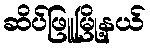
ဆိပ်ဖြူမြို့နယ်